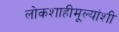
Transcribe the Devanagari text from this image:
लोकशाहीमूल्यांशी